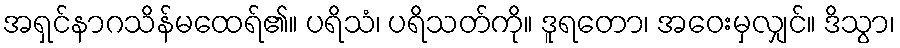
အရှင်နာဂသိန်မထေရ်၏။ ပရိသံ၊ ပရိသတ်ကို။ ဒူရတော၊ အဝေးမှလျှင်။ ဒိသွာ၊